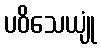
ပဝိသေယျုံ